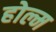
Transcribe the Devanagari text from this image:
होल्म